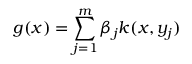
g ( x ) = \sum _ { j = 1 } ^ { m } \beta _ { j } k ( x , y _ { j } )